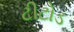
ટીટોડ